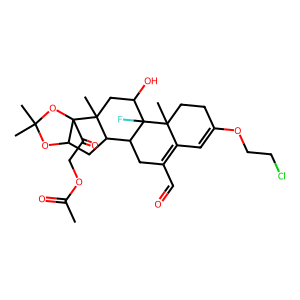
SMILES: CC(=O)OCC(=O)C12OC(C)(C)OC1CC1C3CC(C=O)=C4C=C(OCCCl)CCC4(C)C3(F)C(O)CC12C
Inhibits HIV replication: No